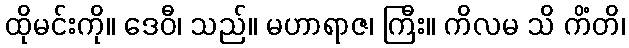
ထိုမင်းကို။ ဒေဝီ၊ သည်။ မဟာရာဇ၊ ကြီး။ ကိလမ သိ ကိံတိ၊